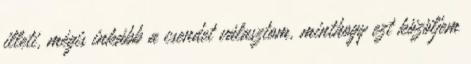
illeti, mégis inkább a csendet választom, minthogy ezt közöljem